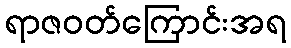
ရာဇဝတ်ကြောင်းအရ